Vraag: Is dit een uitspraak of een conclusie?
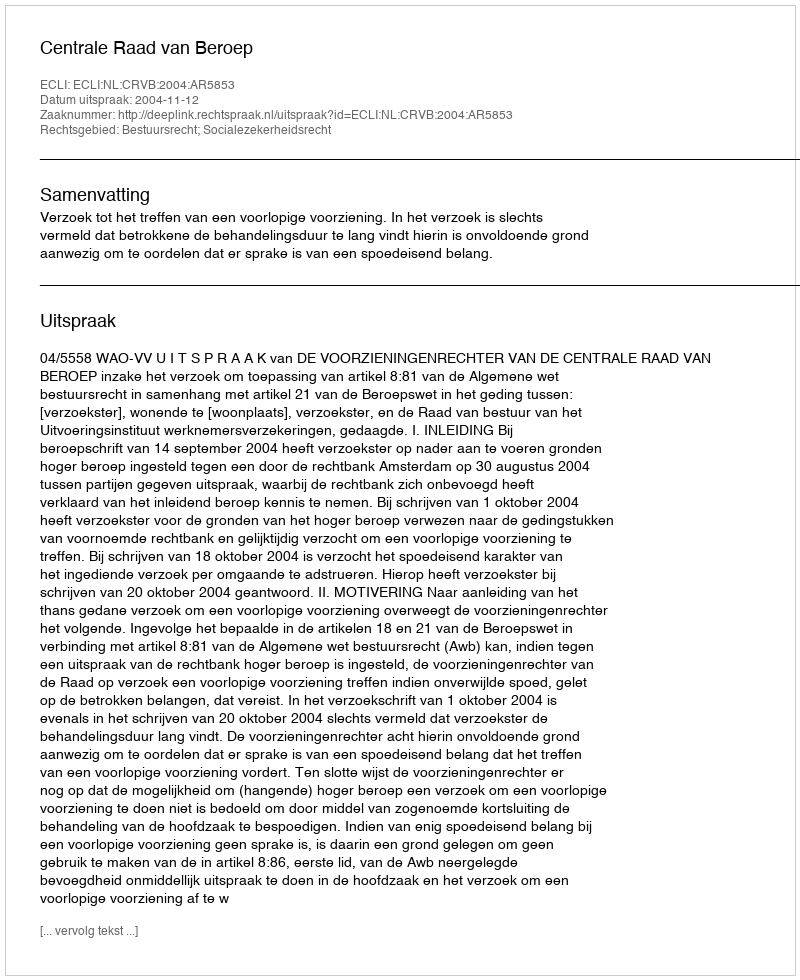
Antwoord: Uitspraak